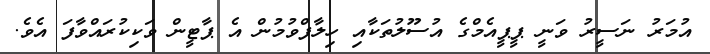
އުމަރު ނަސީރު ވަނީ ޕީޕީއެމްގެ އުސޫލުތަކާއި ހިލާފްވުމުން އެ ޕާޓީން ވަކިކުރައްވާފަ އެވެ.